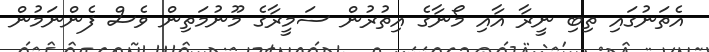
އެތަނުގައި ތިބި ނީރާ އާއި މޯނާގެ އިތުރުން ސަމީރާގެ މޫނުމަތިން ވެސް ފެންނަމުން